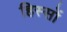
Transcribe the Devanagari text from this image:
हिस्सों